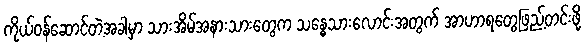
ကိုယ်ဝန်ဆောင်တဲ့အခါမှာ သားအိမ်အနားသားတွေက သန္ဓေသားလောင်းအတွက် အာဟာရတွေဖြည့်တင်းဖို့